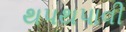
થપથપાવી